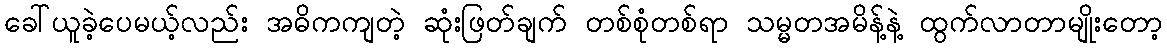
ခေါ်ယူခဲ့ပေမယ့်လည်း အဓိကကျတဲ့ ဆုံးဖြတ်ချက် တစ်စုံတစ်ရာ သမ္မတအမိန့်နဲ့ ထွက်လာတာမျိုးတော့